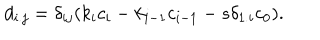
d _ { i . j } = \delta _ { i j } ( k _ { i } c _ { i } - k _ { i - 1 } c _ { i - 1 } - s \delta _ { 1 . i } c _ { 0 } ) .